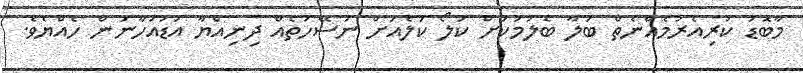
މާބޮޑު ކުރިއެރުމެއްނެތް ބަލާ ބެލުމަކަށް ކަލޯ ކަލެއަށް ނަސޭހަތެއް ދިނިއްޔާ އަޑުއަހާނަން ހެއްޔެވެ.